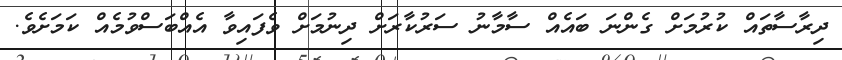
ދިރާސާތައް ކުރުމަށް ގެންނަ ބައެއް ސާމާނު ސަރުކާރަށް ދިނުމަށް ވެފައިވާ އެއްބަސްވުމެއް ކަމަށެވެ.